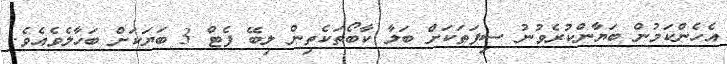
އެހެންކަމުން ބަޔާންކުރެވުނު ސިފަތަކަށް ބަލާ ކާބޯތަކެތިން ލިބޭ ފެޓް 3 ބަޔަކަށް ބަހާލެވެއެވެ.